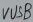
Text: VUSB